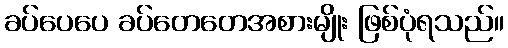
ခပ်ပေပေ ခပ်တေတေအစားမျိုး ဖြစ်ပုံရသည်။